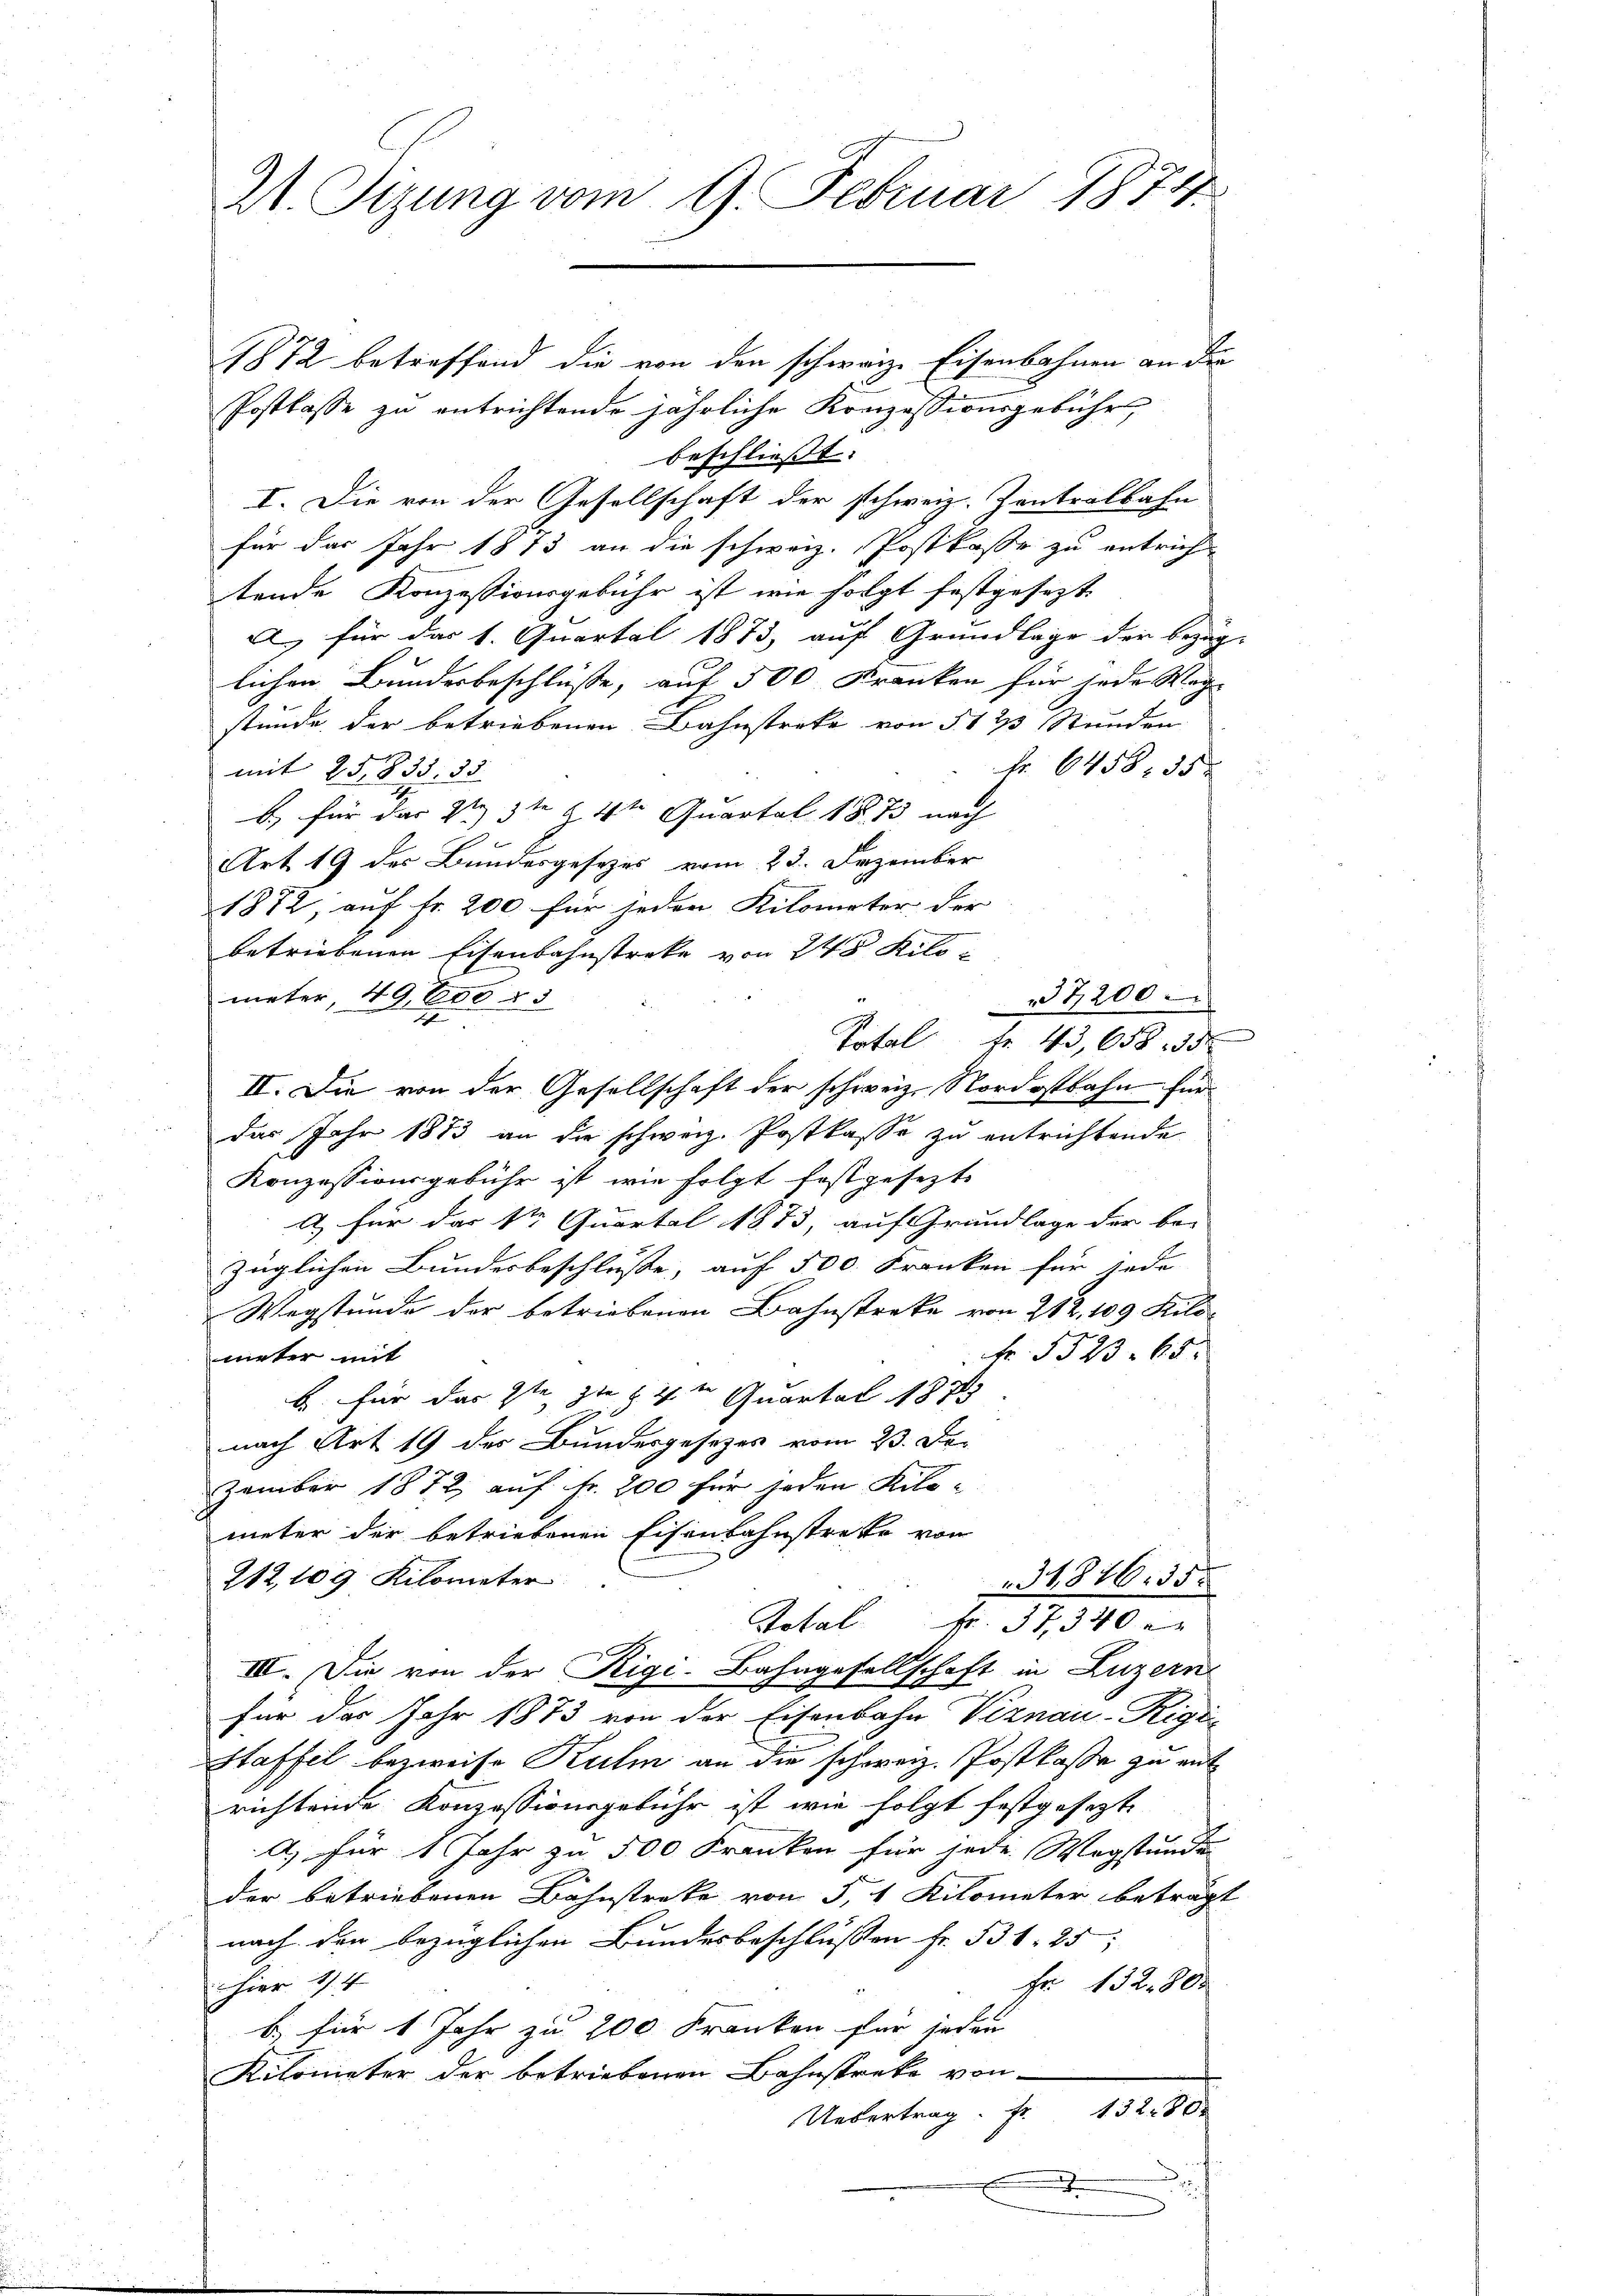
Z. Syung vom 9. Februar 1874

1872 betreffend die von den schweiz. Eisenbahnen an die
Postkasse zu entrichtende jährliche Konzessionsgebühr
beschließt:
I. Die von der Gesellschaft der schweiz. Zentralbahn
für das Jahr 1813 an die schweiz. Postkasse zu entrich-
tende Konzessionsgebühr ist wie folgt festgesezt.
A. für das 1. Quartal 1873, auf Grundlage der bezüg-
lichen Bundesbeschlüße, auf 500 Kranken für jede Wag
stünde der betriebenen Bahnstreke von § 1 ½ Stunden
Fr. 6458. 35
mit 25,835. 35.
b) für das 2te 3te §. 4ten Quartal 1873 nach
Art. 19 des Bundesgesezes vom 23. Dezember
1872, auf Fr. 200 für jeden Kilometer der
betriebenen Eisenbahnstreke von 245 Kilometer, 49,600 § 5
27200
Total fr. 43,658. 35
II. Die von der Gesellschaft der schweiz. Nordostbahn für
das Jahr 1873 an die schweiz. Postkasse zu entrichtende
Konzessionsgebühr ist, wie folgt festgesezt
a) für das Sr Quartal 1873, auf Grundlage der be-
züglichen Bundesbeschlusse, auf 500. Franken für jede
Wegstunde der betriebenen Bahnstreke von 212, 109 Kilo
N 523. 65.
mieter mit
b. für das 2te 3te 4t Quartal 1873
nach Art. 19 der Bundesgesetzes vom 23. Dez
zember 1872, auf Fr. 200 für jeden Kilo-
meter der betriebenen Eisenbahnstreke von
212, 109 Kilometer
31,876. 55.
Total k. 37, 340
III. Die von der Rigi-Bahngesellschaft in Luzern
für das Jahr 1873 von der Eisenbahn Viznau-Rigi-
Staffel bezweife Kulm an die schweiz. Postkasse zu mit
richtende Konzessionsgebühr ist wie folgt festgesetzt
A.) für 1 Jahr zu 500 Franken für jede Wegstunde
der betriebenen Bahnstreke von S, 1 Kilometer beträgt
nach den bezüglichen Bundesbeschlußen Fr. 531. 25
hier 14
Fr. 132. 800
b.) für 1 Jahr zu 200 Franken für jeden
Kilometer der betriebenen Bahnstreke von
Uebertrag Fr. 13280
J